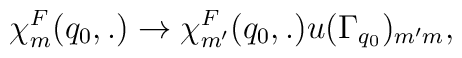
\chi^F_m(q_0,.) \rightarrow		\chi^F_{m'}(q_0,.)u(\Gamma_{q_0})_{m'm},